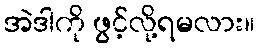
အဲဒါကို ဖွင့်လို့ရမလား။